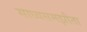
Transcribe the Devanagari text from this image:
साध्यसमझौता